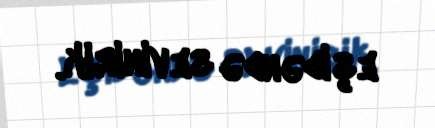
eşidəndə sevinirik.